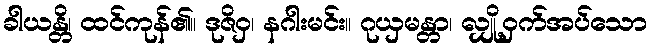
ခါယန္တိ၊ ထင်ကုန်၏။ ဒုဇိဝှ၊ နဂါးမင်း။ ဂုယှမန္တာ၊ လျှို့ဝှက်အပ်သော